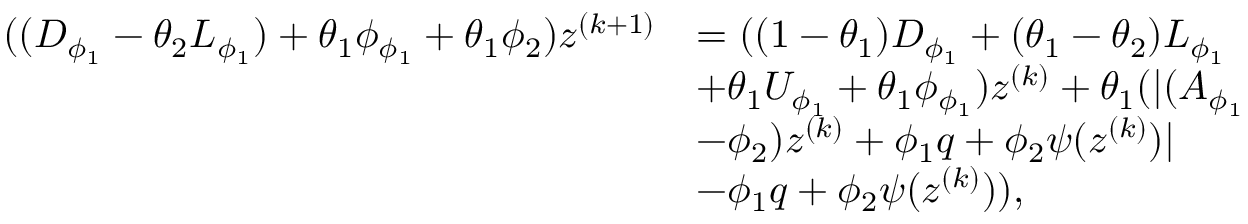
\begin{array} { r l } { ( ( D _ { \phi _ { 1 } } - \theta _ { 2 } L _ { \phi _ { 1 } } ) + \theta _ { 1 } \phi _ { \phi _ { 1 } } + \theta _ { 1 } \phi _ { 2 } ) z ^ { ( k + 1 ) } } & { = ( ( 1 - \theta _ { 1 } ) D _ { \phi _ { 1 } } + ( \theta _ { 1 } - \theta _ { 2 } ) L _ { \phi _ { 1 } } } \\ & { + \theta _ { 1 } U _ { \phi _ { 1 } } + \theta _ { 1 } \phi _ { \phi _ { 1 } } ) z ^ { ( k ) } + \theta _ { 1 } ( \lvert ( A _ { \phi _ { 1 } } } \\ & { - \phi _ { 2 } ) z ^ { ( k ) } + \phi _ { 1 } q + \phi _ { 2 } \psi ( z ^ { ( k ) } ) \rvert } \\ & { - \phi _ { 1 } q + \phi _ { 2 } \psi ( z ^ { ( k ) } ) ) , } \end{array}